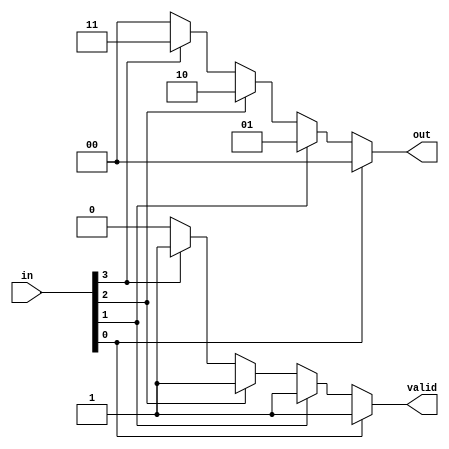
module multilevel_encoder (
    input wire [3:0] in,    // 4 input lines
    output reg [1:0] out,   // 2 output lines
    output reg valid        // Indicates if the output is valid
);

    always @(*) begin
        // Default output
        out = 2'b00;
        valid = 1'b0; // Invalid output by default

        // Determine which input is active
        case (1'b1)
            in[0]: begin
                out = 2'b00; // Input 0 is active
                valid = 1'b1; // Output is valid
            end
            in[1]: begin
                out = 2'b01; // Input 1 is active
                valid = 1'b1; // Output is valid
            end
            in[2]: begin
                out = 2'b10; // Input 2 is active
                valid = 1'b1; // Output is valid
            end
            in[3]: begin
                out = 2'b11; // Input 3 is active
                valid = 1'b1; // Output is valid
            end
            default: begin
                out = 2'b00;   // No active input or invalid state
                valid = 1'b0; // Output is invalid
            end
        endcase
    end
endmodule